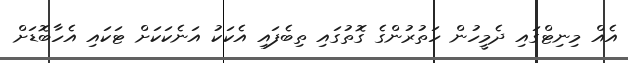
އެއް މިނިޓްގައި ދެމީހުން ހަތުރުންގެ ގޮތުގައި ތިބެފައި އެކަކު އަނެކަކަށް ޓަކައި އެހާބޮޑަށް